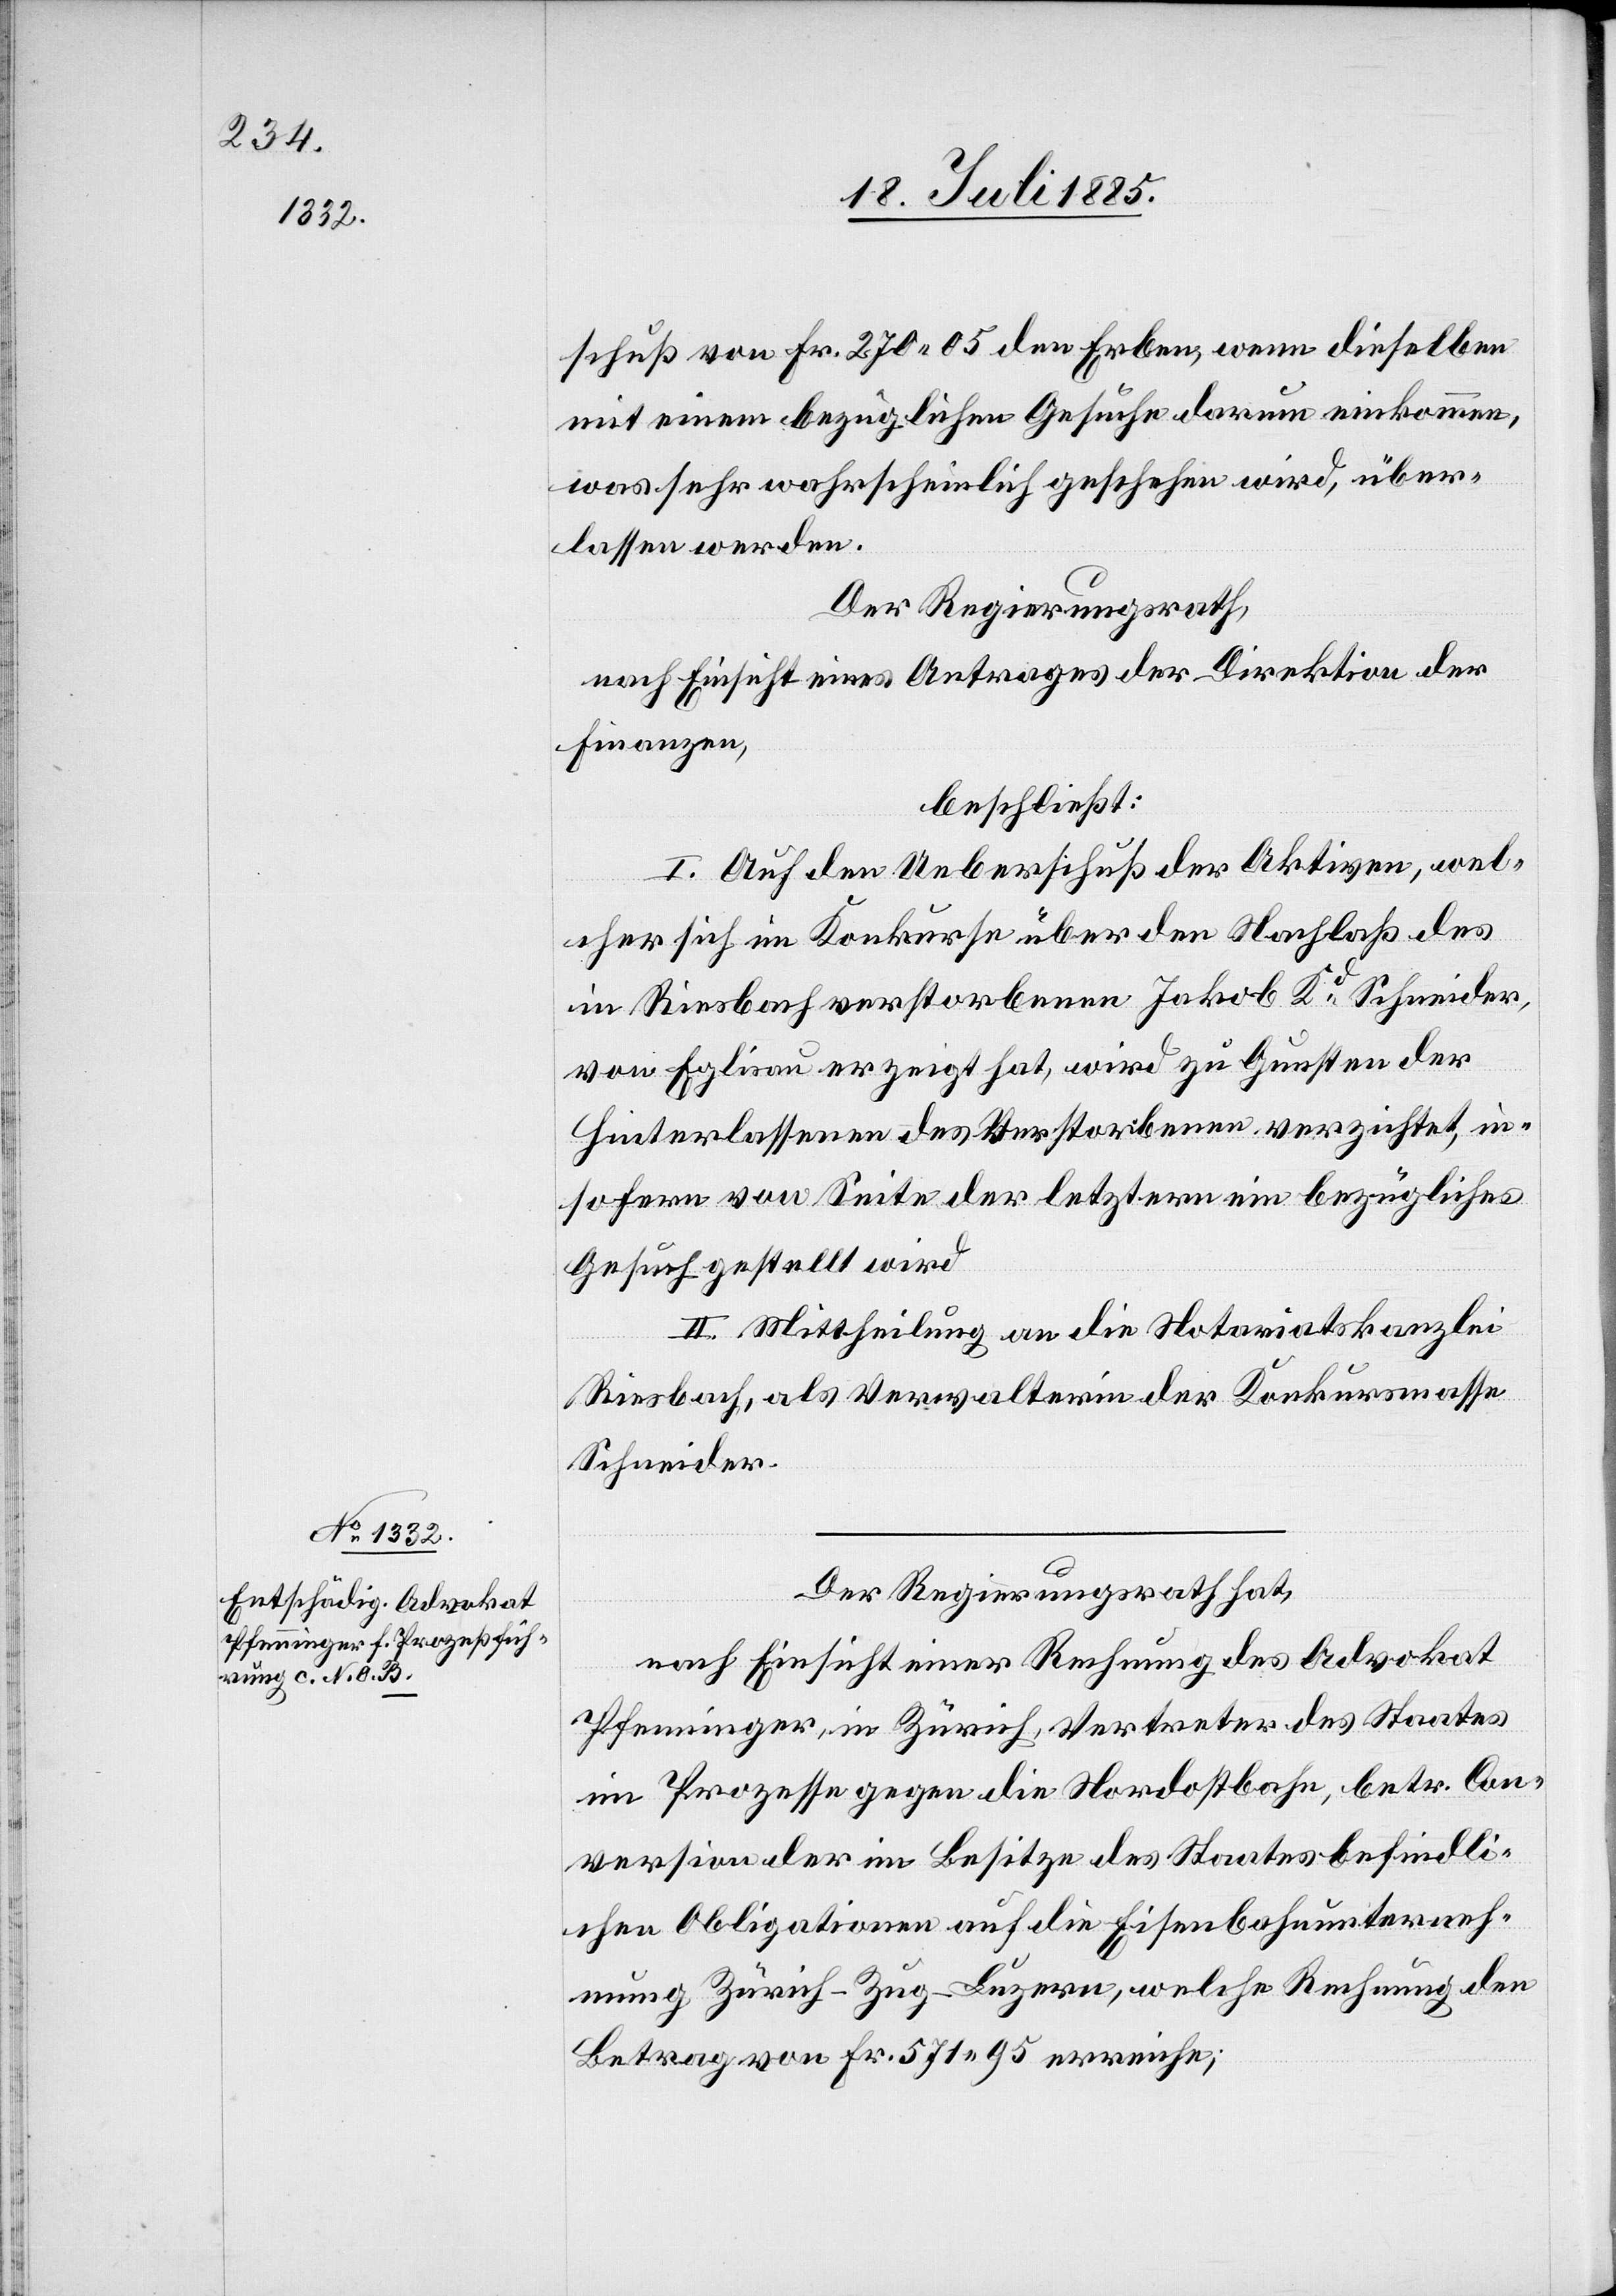
schuß von Fr. 270 05 den Erben, wenn dieselben
mit einem bezüglichen Gesuche darum einkommen,
was sehr wahrscheinlich geschehen wird, über¬
lassen werden.
Der Regierungsrath,
nach Einsicht eines Antrages der Direktion der
Finanzen,
beschließt:
I. Auf den Ueberschuß der Aktiven, wel¬
cher sich im Konkurse über den Nachlaß des
in Riesbach verstorbenen Jakob Kd Schneider,
von Eglisau erzeigt hat, wird zu Gunsten der
Hinterlassenen des Verstorbenen verzichtet, in¬
sofern von Seite der letztern ein bezügliches
Gesuch gestellt wird.
II. Mittheilung an die Notariatskanzlei
Riesbach, als Verwalterin der Konkursmasse
Schneider.
Der Regierungsrath hat,
nach Einsicht einer Rechnung des Advokat
Pfenninger in Zürich, Vertreter des Staates
im Prozesse gegen die Nordostbahn, betr. Con¬
version der im Besitze des Staates befindli¬
chen Obligationen auf die Eisenbahnunterneh¬
mung Zürich–Zug–Luzern, welche Rechnung den
Betrag von Fr. 571 95 erreiche;